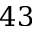
4 3